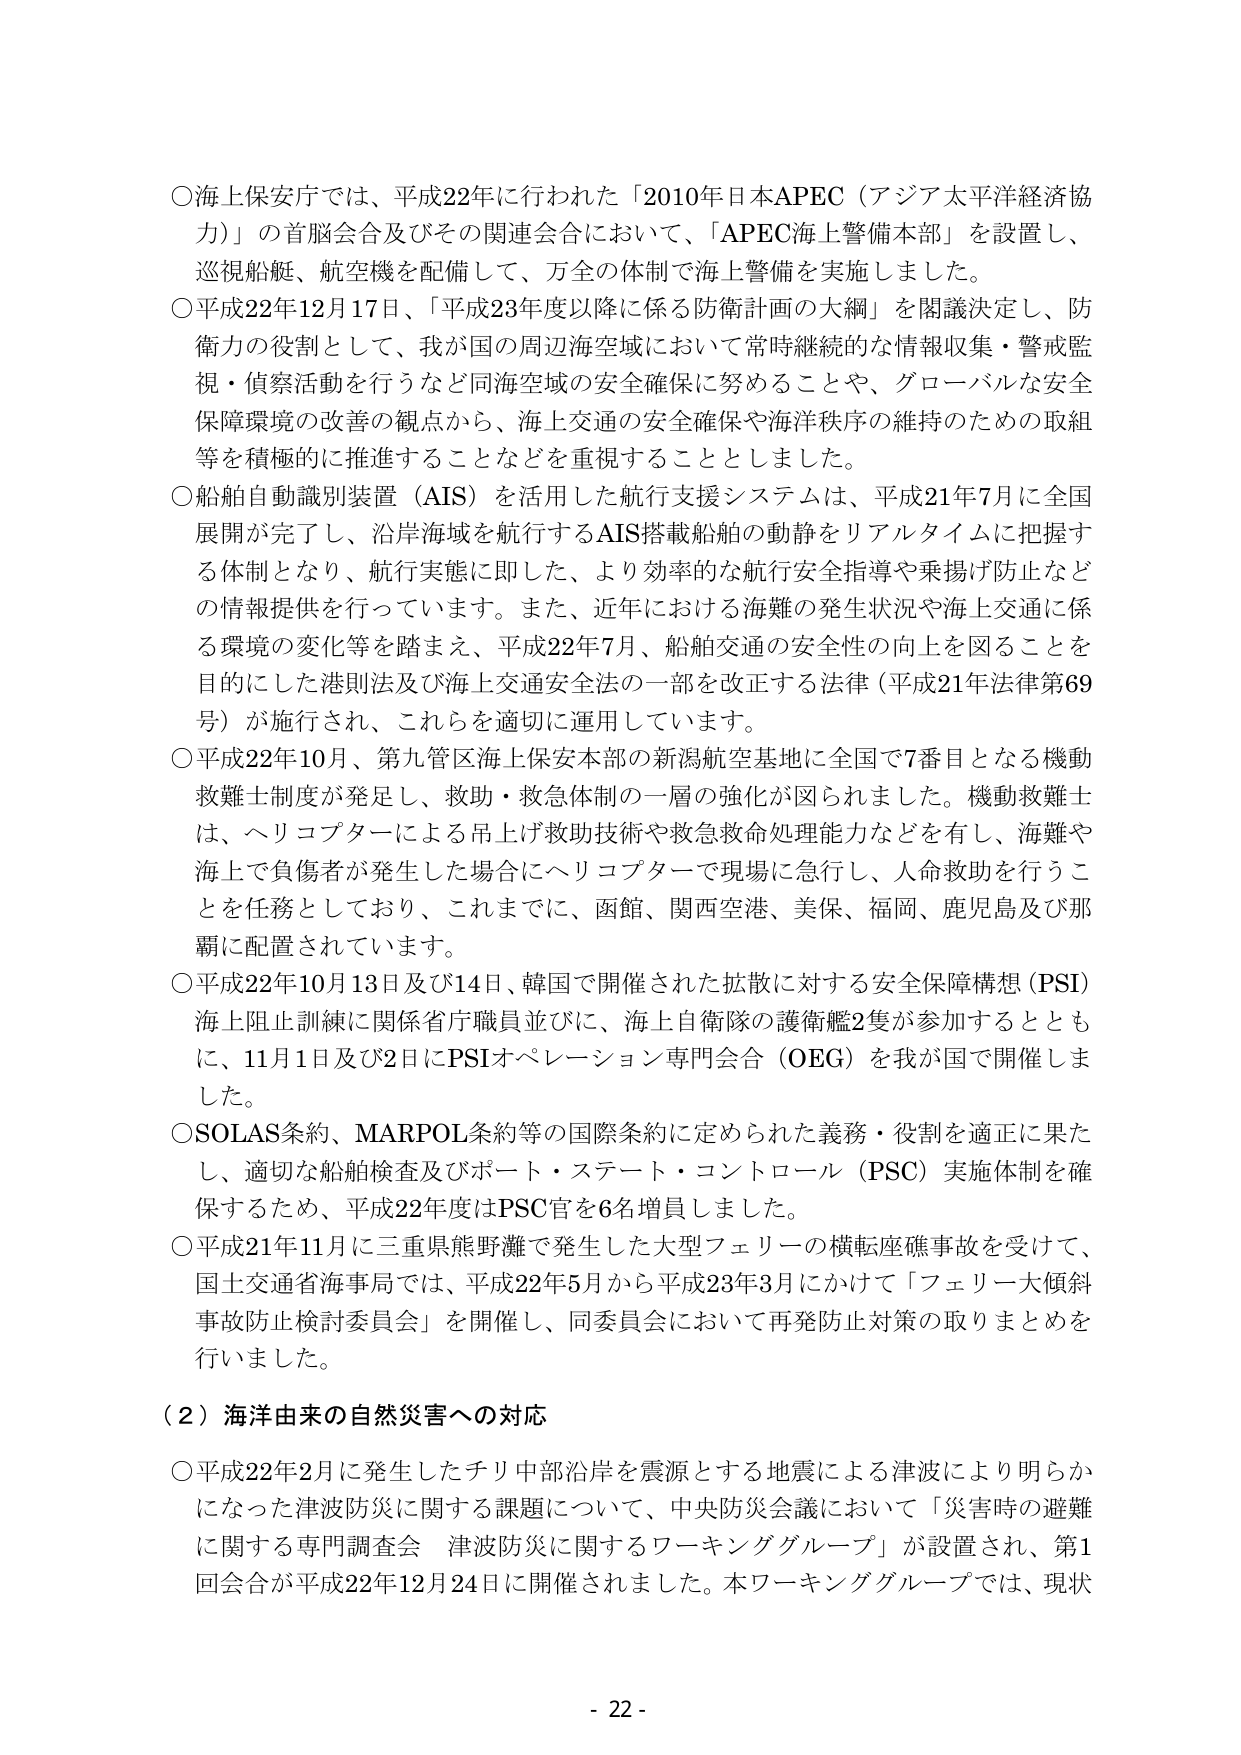
○海上保安庁では、平成22年に行われた「2010年日本APEC（アジア太平洋経済協力）」の首脳会合及びその関連会合において、「APEC海上警備本部」を設置し、巡視船艇、航空機を配備して、万全の体制で海上警備を実施しました。

○平成22年12月17日、「平成23年度以降に係る防衛計画の大綱」を閣議決定し、防衛力の役割として、我が国の周辺海空域において常時継続的な情報収集・警戒監視・偵察活動を行うなど同海空域の安全確保に努めることや、グローバルな安全保障環境の改善の観点から、海上交通の安全確保や海洋秩序の維持のための取組等を積極的に推進することなどを重視することとしました。

○船舶自動識別装置（AIS）を活用した航行支援システムは、平成21年7月に全国展開が完了し、沿岸海域を航行するAIS搭載船舶の動静をリアルタイムに把握する体制となり、航行実態に即した、より効率的な航行安全指導や乗揚げ防止などの情報提供を行っています。また、近年における海難の発生状況や海上交通に係る環境の変化等を踏まえ、平成22年7月、船舶交通の安全性の向上を図ることを目的にした港則法及び海上交通安全法の一部を改正する法律（平成21年法律第69号）が施行され、これらを適切に運用しています。

○平成22年10月、第九管区海上保安本部の新潟航空基地に全国で7番目となる機動救難士制度が発足し、救助・救急体制の一層の強化が図られました。機動救難士は、ヘリコプターによる吊上げ救助技術や救急救命処理能力などを有し、海難や海上で負傷者が発生した場合にヘリコプターで現場に急行し、人命救助を行うことを任務としており、これまでに、函館、関西空港、美保、福岡、鹿児島及び那覇に配置されています。

○平成22年10月13日及び14日、韓国で開催された拡散に対する安全保障構想（PSI）海上阻止訓練に関係省庁職員並びに、海上自衛隊の護衛艦2隻が参加するとともに、11月1日及び2日にPSIオペレーション専門会合（OEG）を我が国で開催しました。

○SOLAS条約、MARPOL条約等の国際条約に定められた義務・役割を適正に果たし、適切な船舶検査及びポート・ステート・コントロール（PSC）実施体制を確保するため、平成22年度はPSC官を6名増員しました。

○平成21年11月に三重県熊野灘で発生した大型フェリーの横転座礁事故を受けて、国土交通省海事局では、平成22年5月から平成23年3月にかけて「フェリー大傾斜事故防止検討委員会」を開催し、同委員会において再発防止対策の取りまとめを行いました。

（２）海洋由来の自然災害への対応

○平成22年2月に発生したチリ中部沿岸を震源とする地震による津波により明らかになった津波防災に関する課題について、中央防災会議において「災害時の避難に関する専門調査会 津波防災に関するワーキンググループ」が設置され、第1回会合が平成22年12月24日に開催されました。本ワーキンググループでは、現状

- 22 -